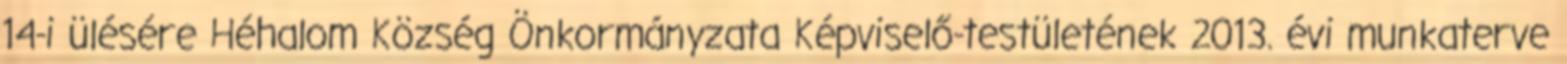
14-i ülésére Héhalom Község Önkormányzata Képviselő-testületének 2013. évi munkaterve